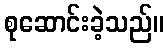
စုဆောင်းခဲ့သည်။